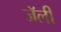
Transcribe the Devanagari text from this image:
जॅली